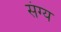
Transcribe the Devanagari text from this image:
संग्य